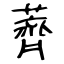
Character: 薺